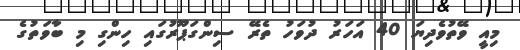
މިއީ ވޭތުވެދިޔަ 40 އަހަރު ދުވަހު ތެރޭ ސިންގަޕޫރުގައި ހިންގި މި ބާވަތުގެ